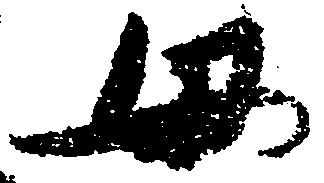
母